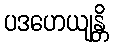
ပဒဟေယျန္တိ